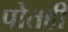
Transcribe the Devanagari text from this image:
पोतही